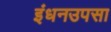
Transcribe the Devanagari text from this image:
इंधनउपसा